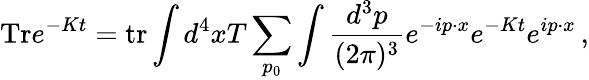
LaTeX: \mathrm{Tr}e^{-Kt}=\mathrm{tr}\int d^{4}xT\sum_{p_{0}}\int\frac{d^{3}p}{(2\pi)^{3}}e^{-ip\cdot x}e^{-Kt}e^{ip\cdot x}\, ,